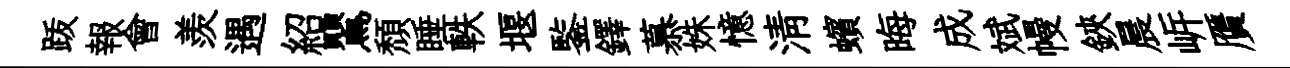
䟦報會羨遇紹鸎頽睡軼堰鍳鐸慕姝憶淸蠙晦成斌幔鋏晨㟁贋